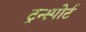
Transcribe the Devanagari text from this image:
ट्रन्स्पोर्ट